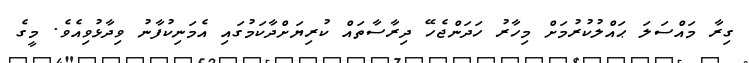
ގިރާ މައްސަލަ ޙައްލުކުރުމަށް މިހާރު ހަދަންޖެހޭ ދިރާސާތައް ކުރިޔަށްދާކަމުގައި އެމަނިކުފާނު ވިދާޅުވިއެވެ. މީގެ